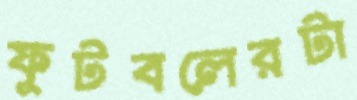
ফুটবলেরটা